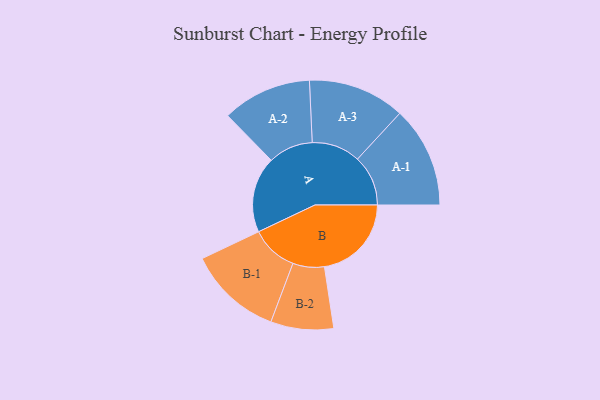
{"axis": {"x": "Segment", "y": "Value"}, "legend": ["", "A", "B"], "data": [{"x": "A", "y": 365, "type": ""}, {"x": "B", "y": 418, "type": ""}, {"x": "A-1", "y": 243, "type": "A"}, {"x": "A-2", "y": 215, "type": "A"}, {"x": "A-3", "y": 233, "type": "A"}, {"x": "B-1", "y": 226, "type": "B"}, {"x": "B-2", "y": 151, "type": "B"}]}